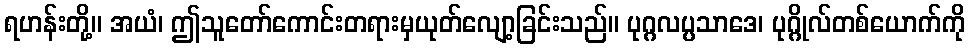
ရဟန်းတို့။ အယံ၊ ဤသူတော်ကောင်းတရားမှယုတ်လျော့ခြင်းသည်။ ပုဂ္ဂလပ္ပသာဒေ၊ ပုဂ္ဂိုလ်တစ်ယောက်ကို